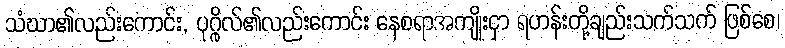
သံဃာ၏လည်းကောင်း, ပုဂ္ဂိုလ်၏လည်းကောင်း နေစရာအကျိုးငှာ ရဟန်းတို့ချည်းသက်သက် ဖြစ်စေ၊